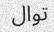
توال